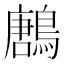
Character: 鶶